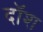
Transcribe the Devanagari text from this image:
दॉश